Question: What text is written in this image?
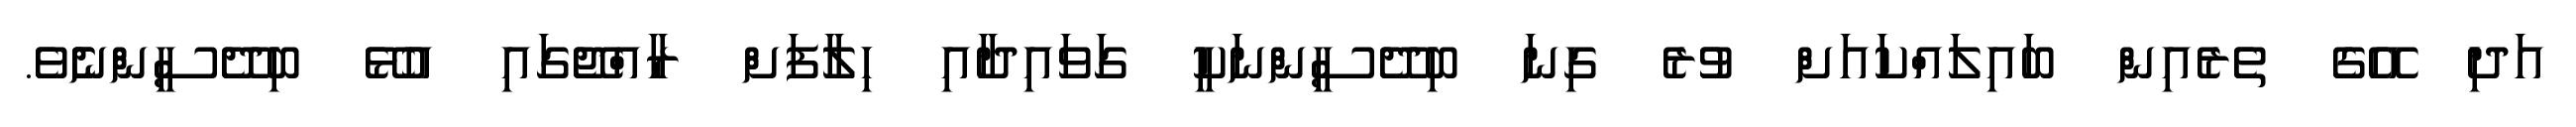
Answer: އަދި އޭގެ ތެރެއިން ބައިލައްކައަށް ވުރެ ގިނަ ބިދޭސީންނަކީ ގަވައިދާއި ހިލާފަށް ރާއްޖޭގައި އުޅޭ ބިދޭސީންނެެވެ.